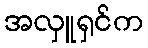
အလှူရှင်က